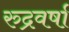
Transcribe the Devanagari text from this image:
रुद्रवर्षा